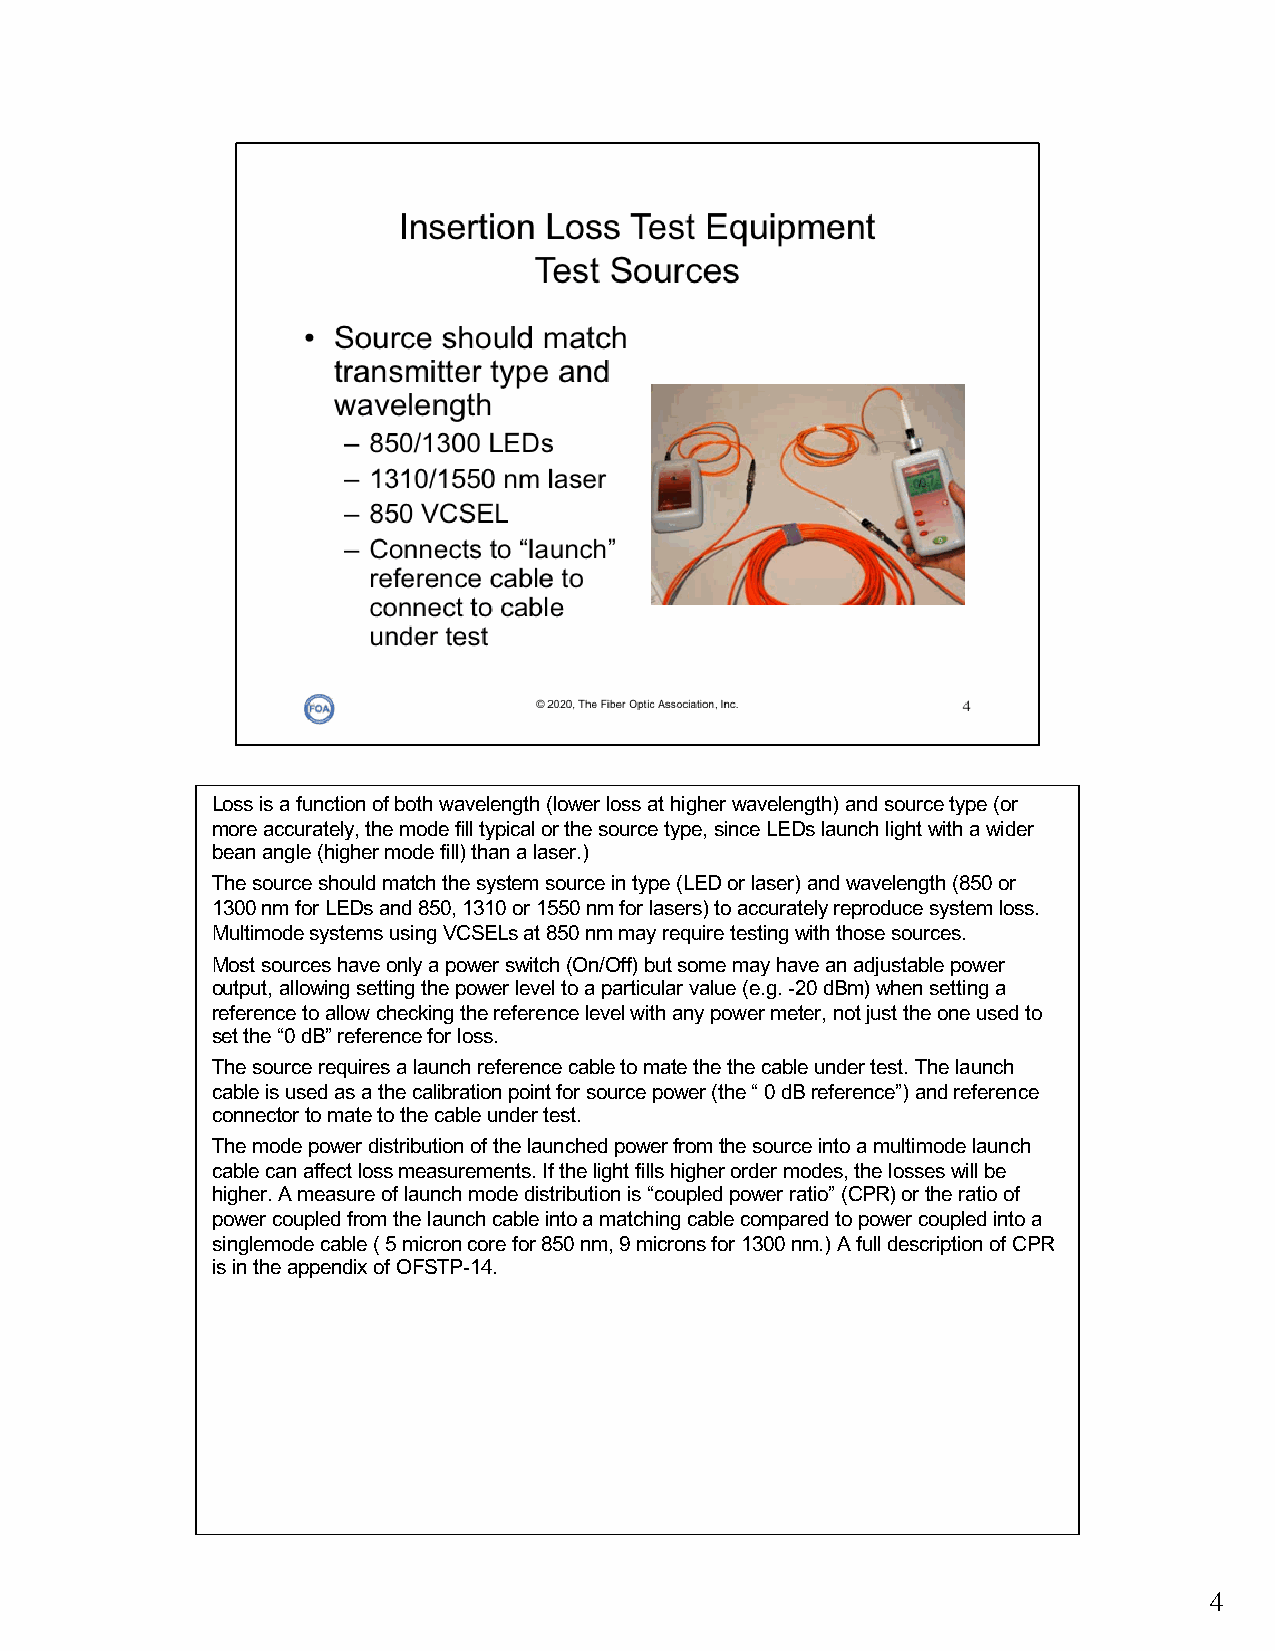
Loss is a function of both wavelength (lower loss at higher wavelength) and source type (or
 more accurately, the mode fill typical or the source type, since LEDs launch light with a wider
 bean angle (higher mode fill) than a laser.)
 The source should match the system source in type (LED or laser) and wavelength (850 or
 1300 nm for LEDs and 850, 1310 or 1550 nm for lasers) to accurately reproduce system loss.
 Multimode systems using VCSELs at 850 nm may require testing with those sources.
 Most sources have only a power switch (On/Off) but some may have an adjustable power
 output, allowing setting the power level to a particular value (e.g. -20 dBm) when setting a
 reference to allow checking the reference level with any power meter, not just the one used to
 set the “0 dB” reference for loss.
 The source requires a launch reference cable to mate the the cable under test. The launch
 cable is used as a the calibration point for source power (the “ 0 dB reference”) and reference
 connector to mate to the cable under test.
 The mode power distribution of the launched power from the source into a multimode launch
 cable can affect loss measurements. If the light fills higher order modes, the losses will be
 higher. A measure of launch mode distribution is “coupled power ratio” (CPR) or the ratio of
 power coupled from the launch cable into a matching cable compared to power coupled into a
 singlemode cable ( 5 micron core for 850 nm, 9 microns for 1300 nm.) A full description of CPR
 is in the appendix of OFSTP-14.
 4